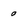
Character: 0